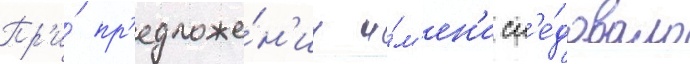
Пр'и́ пр'едложе́н'ии и́м'ен'и сл'е́довало